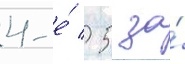
4-е́ / 5 за́